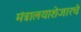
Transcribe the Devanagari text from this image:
मंत्रालयाशेजारचे